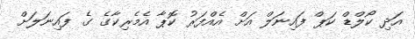
އަދި ކޯލްޑް ކަޕް ފައިނަލް އަށް އެއްފަރު ކޮޕާ އެމެރިކާގެ ގެ ފައިނަލަށް